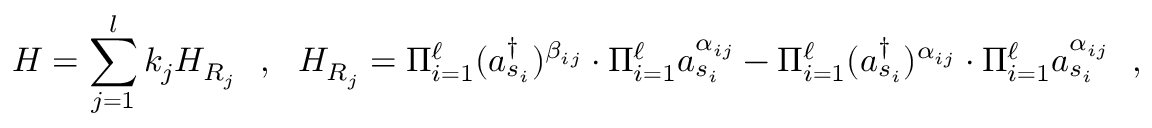
H = \sum _ { j = 1 } ^ { l } k _ { j } H _ { R _ { j } } ~ ~ , ~ ~ H _ { R _ { j } } = \Pi _ { i = 1 } ^ { \ell } ( a _ { s _ { i } } ^ { \dagger } ) ^ { \beta _ { i j } } \cdot \Pi _ { i = 1 } ^ { \ell } a _ { s _ { i } } ^ { \alpha _ { i j } } - \Pi _ { i = 1 } ^ { \ell } ( a _ { s _ { i } } ^ { \dagger } ) ^ { \alpha _ { i j } } \cdot \Pi _ { i = 1 } ^ { \ell } a _ { s _ { i } } ^ { \alpha _ { i j } } ~ ~ ,